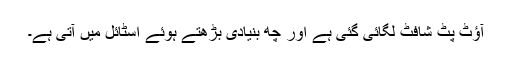
آؤٹ پٹ شافٹ لگائی گئی ہے اور چھ بنیادی بڑھتے ہوئے اسٹائل میں آتی ہے۔